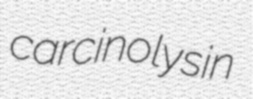
carcinolysin